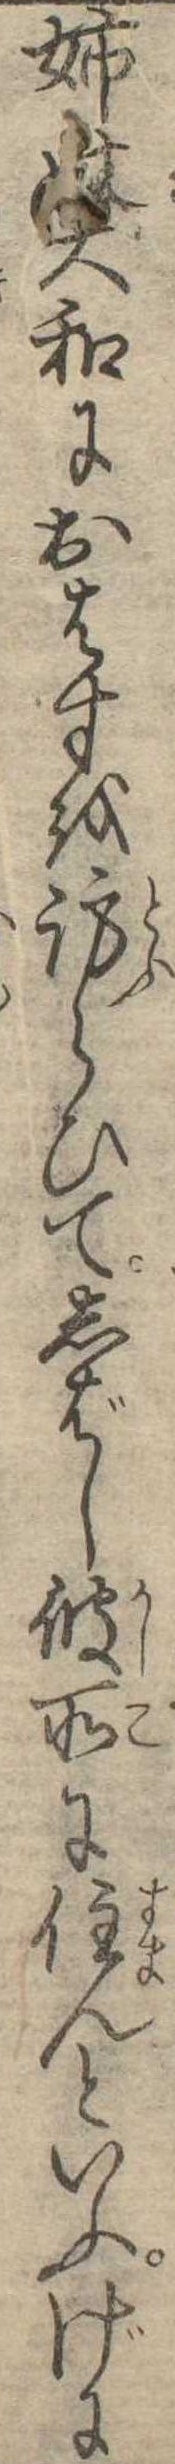
姉の大和におはすを訪らひてしばし彼所に住んといふげに